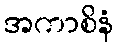
အကာစိနံ